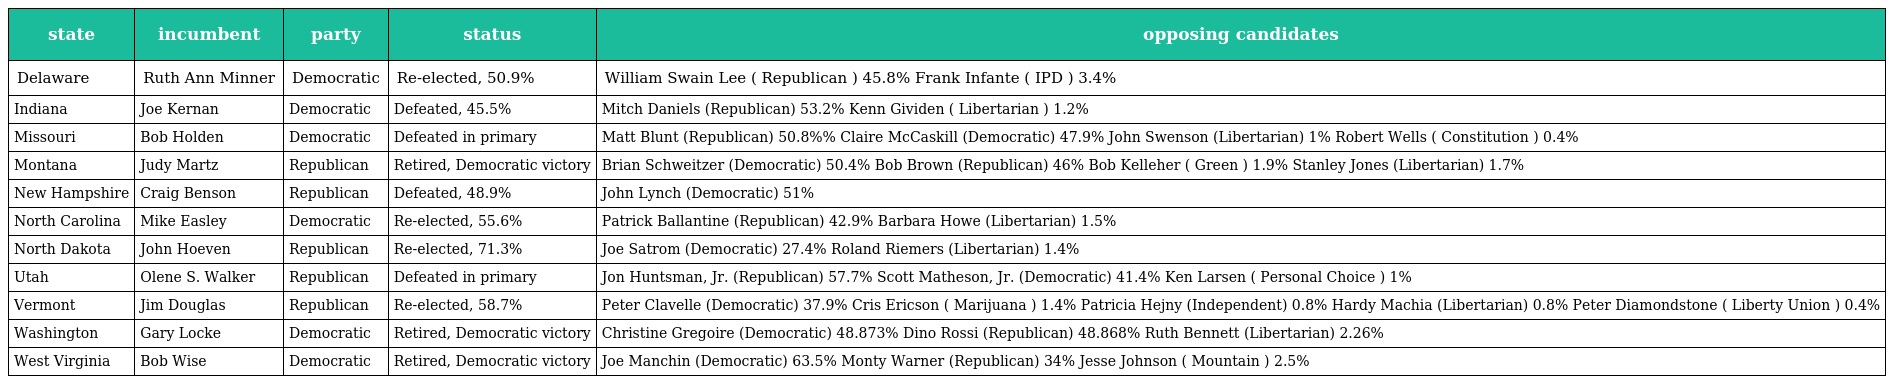
| state | incumbent | party | status | opposing candidates |
 | --- | --- | --- | --- | --- |
 | Delaware | Ruth Ann Minner | Democratic | Re-elected, 50.9% | William Swain Lee ( Republican ) 45.8% Frank Infante ( IPD ) 3.4% |
 | Indiana | Joe Kernan | Democratic | Defeated, 45.5% | Mitch Daniels (Republican) 53.2% Kenn Gividen ( Libertarian ) 1.2% |
 | Missouri | Bob Holden | Democratic | Defeated in primary | Matt Blunt (Republican) 50.8%% Claire McCaskill (Democratic) 47.9% John Swenson (Libertarian) 1% Robert Wells ( Constitution ) 0.4% |
 | Montana | Judy Martz | Republican | Retired, Democratic victory | Brian Schweitzer (Democratic) 50.4% Bob Brown (Republican) 46% Bob Kelleher ( Green ) 1.9% Stanley Jones (Libertarian) 1.7% |
 | New Hampshire | Craig Benson | Republican | Defeated, 48.9% | John Lynch (Democratic) 51% |
 | North Carolina | Mike Easley | Democratic | Re-elected, 55.6% | Patrick Ballantine (Republican) 42.9% Barbara Howe (Libertarian) 1.5% |
 | North Dakota | John Hoeven | Republican | Re-elected, 71.3% | Joe Satrom (Democratic) 27.4% Roland Riemers (Libertarian) 1.4% |
 | Utah | Olene S. Walker | Republican | Defeated in primary | Jon Huntsman, Jr. (Republican) 57.7% Scott Matheson, Jr. (Democratic) 41.4% Ken Larsen ( Personal Choice ) 1% |
 | Vermont | Jim Douglas | Republican | Re-elected, 58.7% | Peter Clavelle (Democratic) 37.9% Cris Ericson ( Marijuana ) 1.4% Patricia Hejny (Independent) 0.8% Hardy Machia (Libertarian) 0.8% Peter Diamondstone ( Liberty Union ) 0.4% |
 | Washington | Gary Locke | Democratic | Retired, Democratic victory | Christine Gregoire (Democratic) 48.873% Dino Rossi (Republican) 48.868% Ruth Bennett (Libertarian) 2.26% |
 | West Virginia | Bob Wise | Democratic | Retired, Democratic victory | Joe Manchin (Democratic) 63.5% Monty Warner (Republican) 34% Jesse Johnson ( Mountain ) 2.5% |